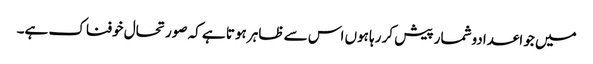
میں جو اعدادوشمار پیش کر رہا ہوں اس سے ظاہر ہوتا ہے کہ صورتحال خوفناک ہے۔